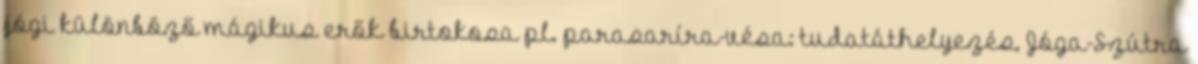
jógi különböző mágikus erők birtokosa pl. parasaríra-vésa: tudatáthelyezés, Jóga-Szútra